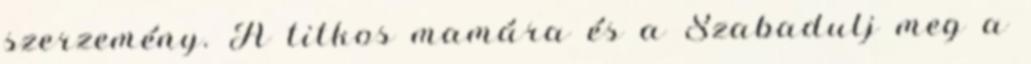
szerzemény. A titkos mamára és a Szabadulj meg a